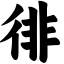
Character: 徘